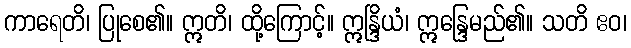
ကာရေတိ၊ ပြုစေ၏။ ဣတိ၊ ထို့ကြောင့်။ ဣန္ဒြိယံ၊ ဣန္ဒြေမည်၏။ သတိ ဧဝ၊